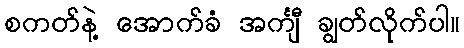
စကတ်နဲ့ အောက်ခံ အင်္ကျီ ချွတ်လိုက်ပါ။